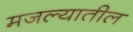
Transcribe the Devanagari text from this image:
मजल्यातील